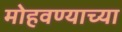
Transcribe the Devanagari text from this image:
मोहवण्याच्या